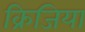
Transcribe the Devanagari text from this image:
क्रिजिया